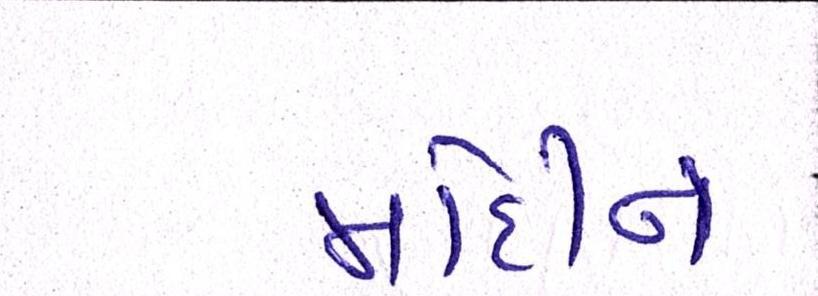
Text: મોદીને